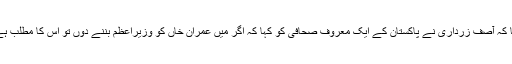
ایک لکھاری نے معروف اخبار میں لکھا کہ آصف زرداری نے پاکستان کے ایک معروف صحافی کو کہا کہ اگر میں عمران خاں کو وزیرِاعظم بننے دوں تو اِس کا مطلب ہے کہ میں اپنی سیاسی قبر کھود رہا ہوں ۔